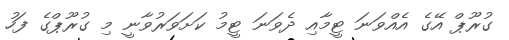
ގުރޫޕް އޭގެ އެއްވަނަ ޓީމާއި ދެވަނަ ޓީމު ކަށަވަރުވާނީ މި ގުރޫޕްގެ ފަހު